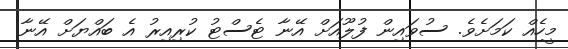
މީހެއް ކަމަށެވެ. ސުވައިން ފުލޫއަށް އޭނާ ޓެސްޓު ކުރިއިރު އެ ބައްޔަށް އޭނާ